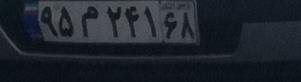
۹۵م۲۴۱۶۸